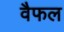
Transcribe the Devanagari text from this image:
वैफल